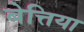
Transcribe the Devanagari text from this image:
बेत्तिया